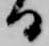
る